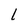
Character: 1